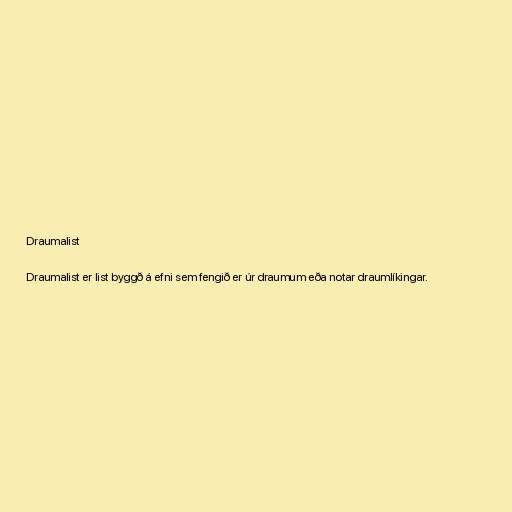
Draumalist

Draumalist er list byggð á efni sem fengið er úr draumum eða notar draumlíkingar.